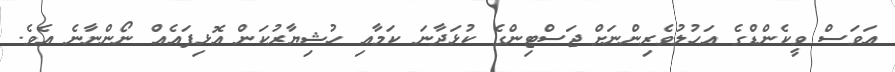
އަވަސް ވީކެންޑްގެ އަހުލުވެރިންނަށް ޖަސްޓިންގެ ކުޅަދާނަ ކަމާއި ހުޝިޔާރުކަން އޮޅިފައެއް ނޯންނާނެ އެވެ.